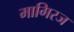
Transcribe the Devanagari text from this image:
मागिरज